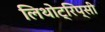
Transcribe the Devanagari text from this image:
लिथोट्रिप्सी